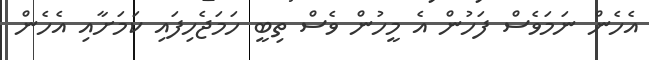
އެހެން ނަމަވެސް ފަހުން އެ މީހުން ވެސް ތިބީ ހަމަޖެހިފައި ކަމަށާއި އެހެން